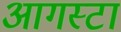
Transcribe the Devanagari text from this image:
आगस्टा